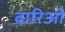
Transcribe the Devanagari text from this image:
बारिओ